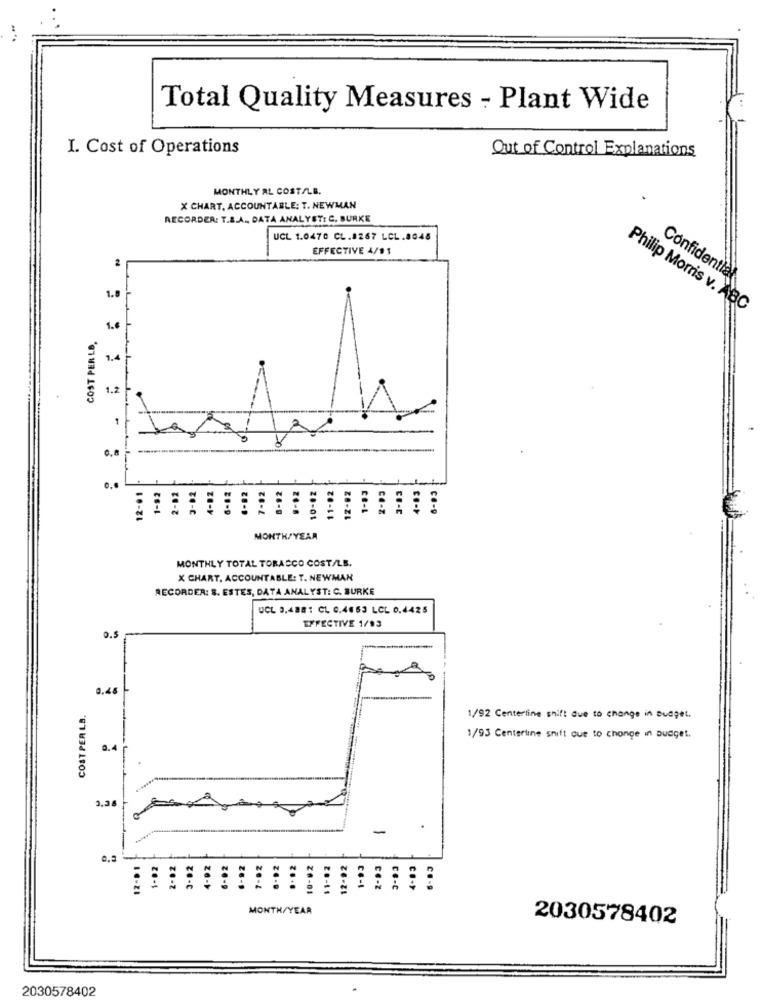
Total Quality Measures - Plant Wide
I. Cost of Operations
Out of Control Explanations
MONTHLY AL COST/LB.
X CHART, ACCOUNTABLE: T. NEWMAN
RECORDER: T.B.A ., DATA ANALYST: C. BURKE
UCL 1.0470 CL.8267 LCL.8048
EFFECTIVE 4/91
Confidential
1.8
Philip Morris v. ABC
COST PER LB.
1.6
1.4
1.2
V
0,8
12-01
2-82
7-92
30-E
Ce-Z
MONTH/YEAR
MONTHLY TOTAL TOBACCO COST/LB.
X CHART, ACCOUNTABLE: T. NEWMAN
RECORDER: S. ESTES, DATA ANALYST: C. BURKE
UCL 3.488: CL 0,4663 LCL 0.4425
EFFECTIVE 1/93
0.5
COST PER LB.
1/92 Centerline shift due to change in budget.
1/93 Centerline shift cue to change in Budget.
0.4
3.38
-
7-82
6-92
12-92
c ..
z ...
20-01
co-I
c .- c
c ...
MONTH/YEAR
2030578402
2030578402